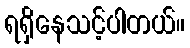
ရရှိနေသင့်ပါတယ်။